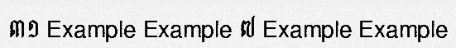
៣១ Example Example ៧ Example Example